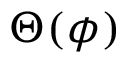
\Theta ( \phi )